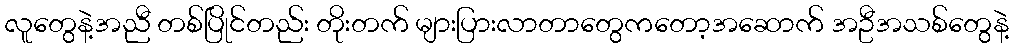
လူတွေနဲ့အညီ တစ်ပြိုင်တည်း တိုးတက် များပြားလာတာတွေကတော့အဆောက် အဦအသစ်တွေနဲ့